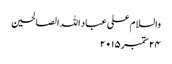
والسلام علی عباد اللہ الصالحین
۲۴ ستمبر ۲۰۱۵